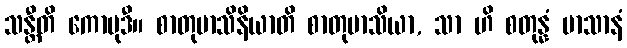
သန္တီတိ ကောမုဒီ။ စာတုမာသိနိယာတိ စာတုမာသိယာ, သာ ဟိ စတုန္နံ မာသာနံ